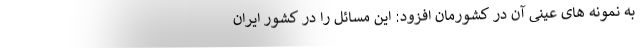
به نمونه های عینی آن در کشورمان افزود: این مسائل را در کشور ایران